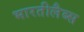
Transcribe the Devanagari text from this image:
भारतीलैब्स